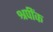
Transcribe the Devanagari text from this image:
श्रपींक